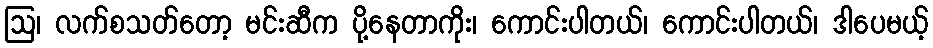
ဩ၊ လက်စသတ်တော့ မင်းဆီက ပို့နေတာကိုး၊ ကောင်းပါတယ်၊ ကောင်းပါတယ်၊ ဒါပေမယ့်